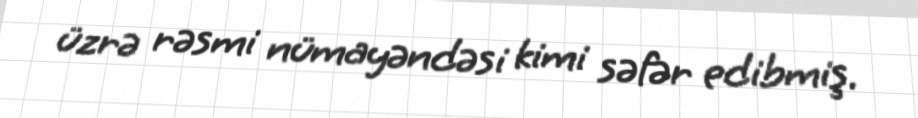
üzrə rəsmi nümayəndəsi kimi səfər edibmiş.